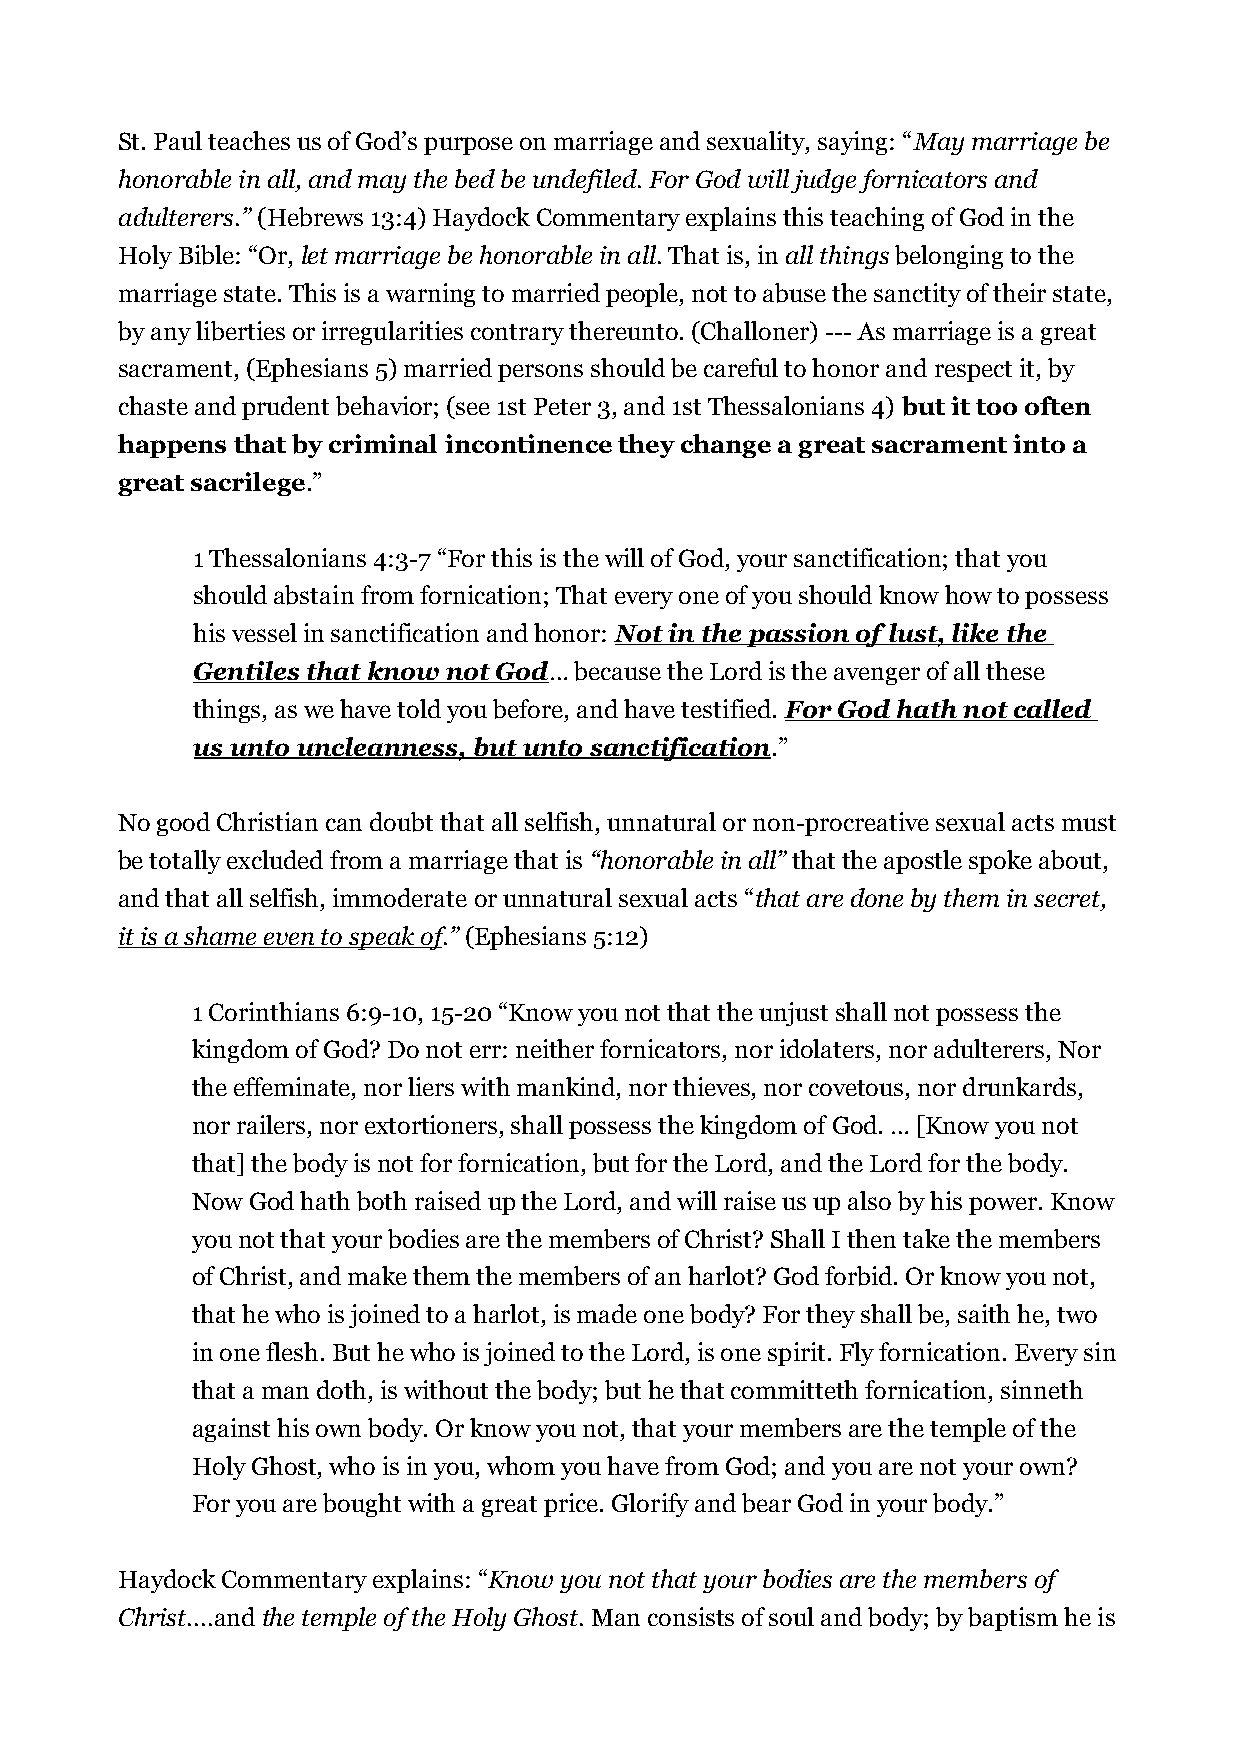
St. Paul teaches us of God’s purpose on marriage and sexuality, saying: “May marriage be
 honorable in all, and may the bed be undefiled. For God will judge fornicators and
 adulterers.” (Hebrews 13:4) Haydock Commentary explains this teaching of God in the
 Holy Bible: “Or, let marriage be honorable in all. That is, in all things belonging to the
 marriage state. This is a warning to married people, not to abuse the sanctity of their state,
 by any liberties or irregularities contrary thereunto. (Challoner) --- As marriage is a great
 sacrament, (Ephesians 5) married persons should be careful to honor and respect it, by
 chaste and prudent behavior; (see 1st Peter 3, and 1st Thessalonians 4) but it too often
 happens that by criminal incontinence they change a great sacrament into a
 great sacrilege.”
 1 Thessalonians 4:3-7 “For this is the will of God, your sanctification; that you
 should abstain from fornication; That every one of you should know how to possess
 his vessel in sanctification and honor: Not in the passion of lust, like the
 Gentiles that know not God… because the Lord is the avenger of all these
 things, as we have told you before, and have testified. For God hath not called
 us unto uncleanness, but unto sanctification.”
 No good Christian can doubt that all selfish, unnatural or non-procreative sexual acts must
 be totally excluded from a marriage that is “honorable in all” that the apostle spoke about,
 and that all selfish, immoderate or unnatural sexual acts “that are done by them in secret,
 it is a shame even to speak of.” (Ephesians 5:12)
 1 Corinthians 6:9-10, 15-20 “Know you not that the unjust shall not possess the
 kingdom of God? Do not err: neither fornicators, nor idolaters, nor adulterers, Nor
 the effeminate, nor liers with mankind, nor thieves, nor covetous, nor drunkards,
 nor railers, nor extortioners, shall possess the kingdom of God. … [Know you not
 that] the body is not for fornication, but for the Lord, and the Lord for the body.
 Now God hath both raised up the Lord, and will raise us up also by his power. Know
 you not that your bodies are the members of Christ? Shall I then take the members
 of Christ, and make them the members of an harlot? God forbid. Or know you not,
 that he who is joined to a harlot, is made one body? For they shall be, saith he, two
 in one flesh. But he who is joined to the Lord, is one spirit. Fly fornication. Every sin
 that a man doth, is without the body; but he that committeth fornication, sinneth
 against his own body. Or know you not, that your members are the temple of the
 Holy Ghost, who is in you, whom you have from God; and you are not your own?
 For you are bought with a great price. Glorify and bear God in your body.”
 Haydock Commentary explains: “Know you not that your bodies are the members of
 Christ....and the temple of the Holy Ghost. Man consists of soul and body; by baptism he is